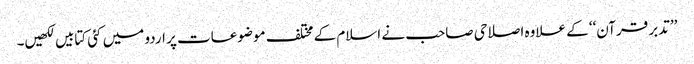
’’تدبر قرآن‘‘ کے علاوہ اصلاحی صاحب نے اسلام کے مختلف موضوعات پر اردو میں کئی کتابیں لکھیں۔